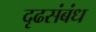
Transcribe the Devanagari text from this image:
दृढसंबंध